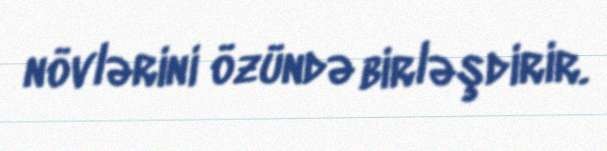
növlərini özündə birləşdirir.